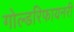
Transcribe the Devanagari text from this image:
गोल्डरिफायनरी